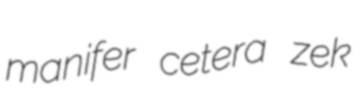
manifer cetera zek